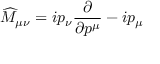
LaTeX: \widehat { M } _ { \mu \nu } = i p _ { \nu } \frac { \partial } { \partial p ^ { \mu } } - i p _ { \mu }